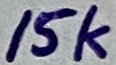
Text: 15k